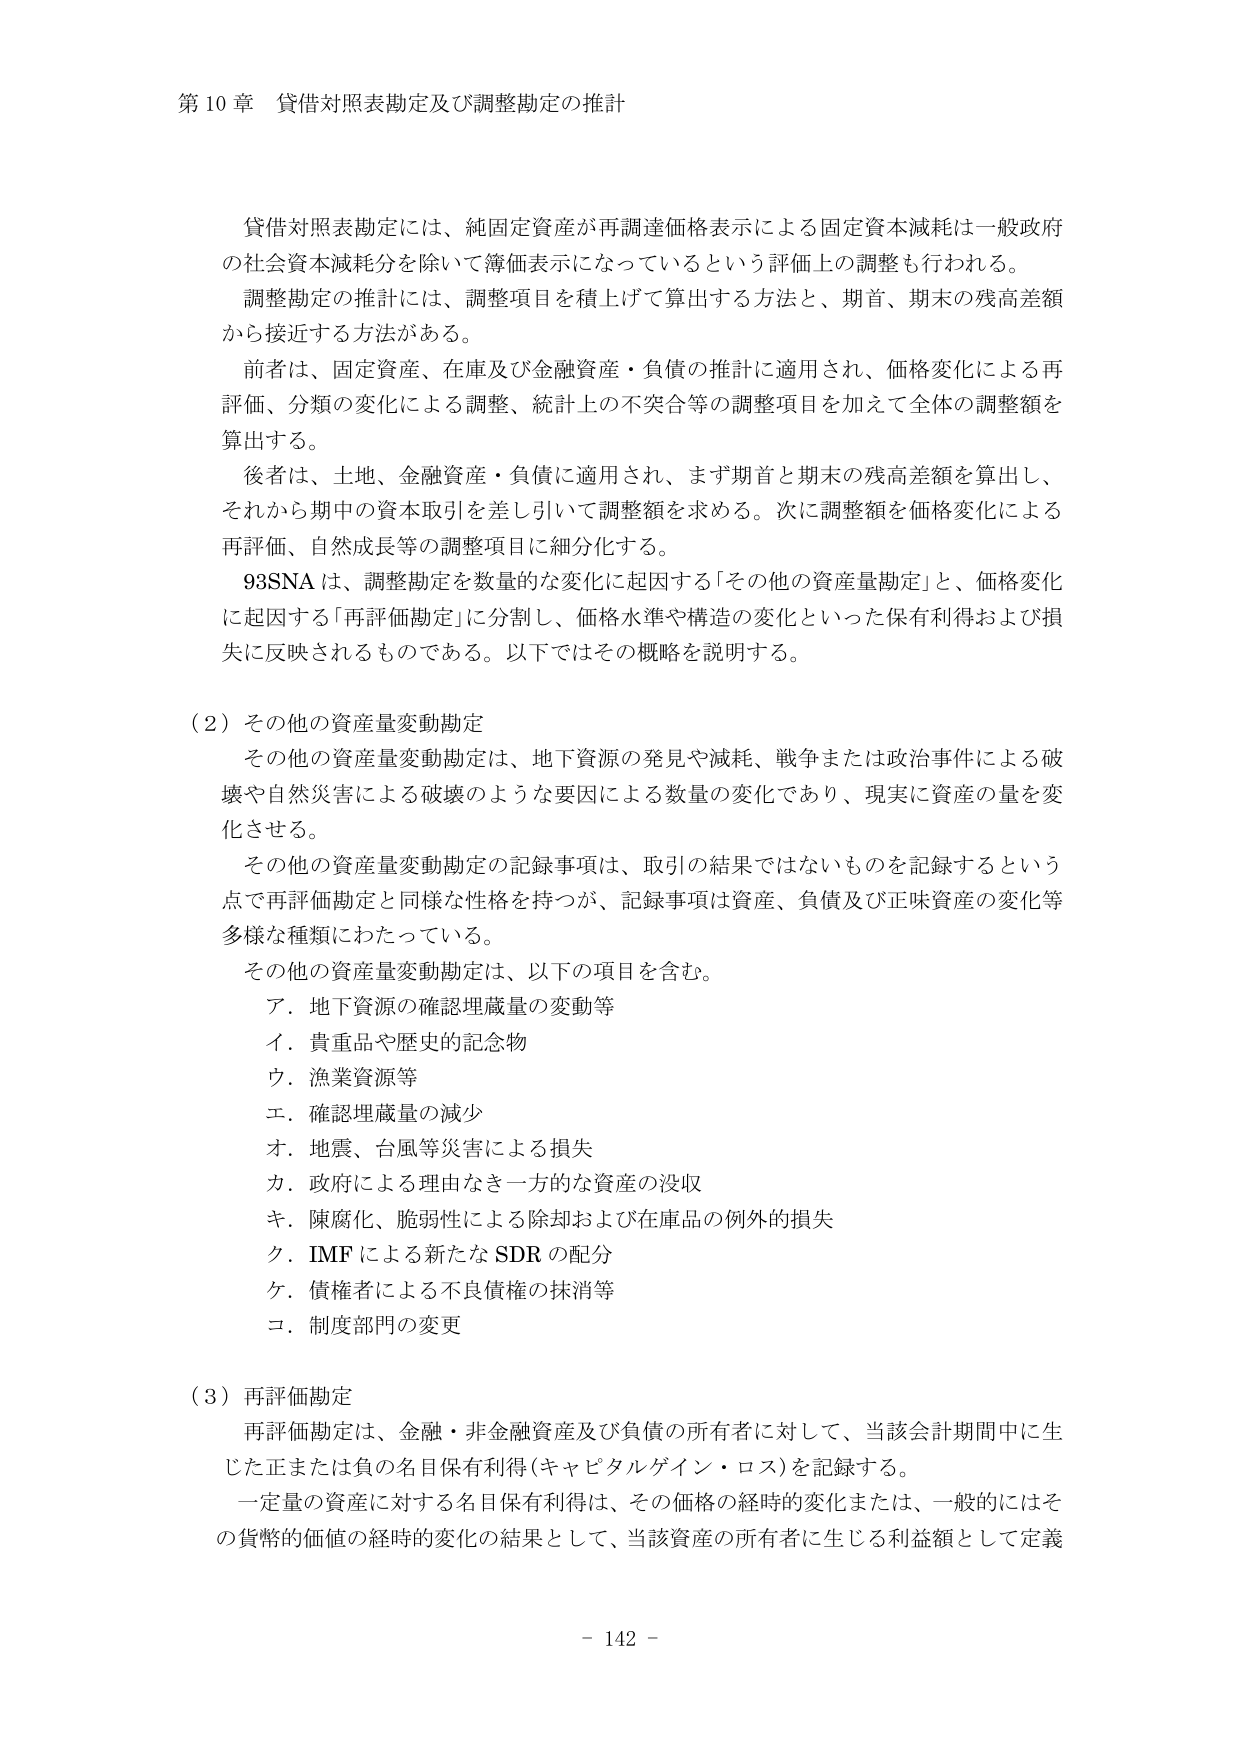
第10章 貸借対照表勘定及び調整勘定の推計

貸借対照表勘定には、純固定資産が再調達価格表示による固定資本減耗は一般政府の社会資本減耗分を除いて簿価表示になっているという評価上の調整も行われる。
調整勘定の推計には、調整項目を積上げて算出する方法と、期首、期末の残高差額から接近する方法がある。
前者は、固定資産、在庫及び金融資産・負債の推計に適用され、価格変化による再評価、分類の変化による調整、統計上の不突合等の調整項目を加えて全体の調整額を算出する。
後者は、土地、金融資産・負債に適用され、まず期首と期末の残高差額を算出し、それから期中の資本取引を差し引いて調整額を求める。次に調整額を価格変化による再評価、自然成長等の調整項目に細分化する。
93SNAは、調整勘定を数量的な変化に起因する「その他の資産量勘定」と、価格変化に起因する「再評価勘定」に分割し、価格水準や構造の変化といった保有利得および損失に反映されるものである。以下ではその概略を説明する。

（2）その他の資産量変動勘定
その他の資産量変動勘定は、地下資源の発見や減耗、戦争または政治事件による破壊や自然災害による破壊のような要因による数量の変化であり、現実に資産の量を変化させる。
その他の資産量変動勘定の記録事項は、取引の結果ではないものを記録するという点で再評価勘定と同様な性格を持つが、記録事項は資産、負債及び正味資産の変化等多様な種類にわたっている。
その他の資産量変動勘定は、以下の項目を含む。
ア．地下資源の確認埋蔵量の変動等
イ．貴重品や歴史的記念物
ウ．漁業資源等
エ．確認埋蔵量の減少
オ．地震、台風等災害による損失
カ．政府による理由なき一方的な資産の没収
キ．陳腐化、脆弱性による除却および在庫品の例外的損失
ク．IMFによる新たなSDRの配分
ケ．債権者による不良債権の抹消等
コ．制度部門の変更

（3）再評価勘定
再評価勘定は、金融・非金融資産及び負債の所有者に対して、当該会計期間中に生じた正または負の名目保有利得（キャピタルゲイン・ロス）を記録する。
一定量の資産に対する名目保有利得は、その価格の経時的変化または、一般的にはその貨幣的価値の経時的変化の結果として、当該資産の所有者に生じる利益額として定義

- 142 -